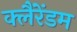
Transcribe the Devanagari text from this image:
क्लैंरेंडम